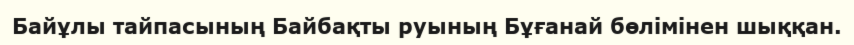
Байұлы тайпасының Байбақты руының Бұғанай бөлімінен шыққан.